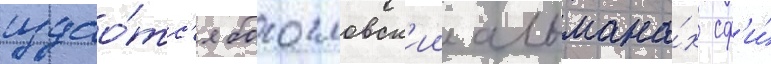
издао́тс'я богословск'ии альмана́х сф'и́